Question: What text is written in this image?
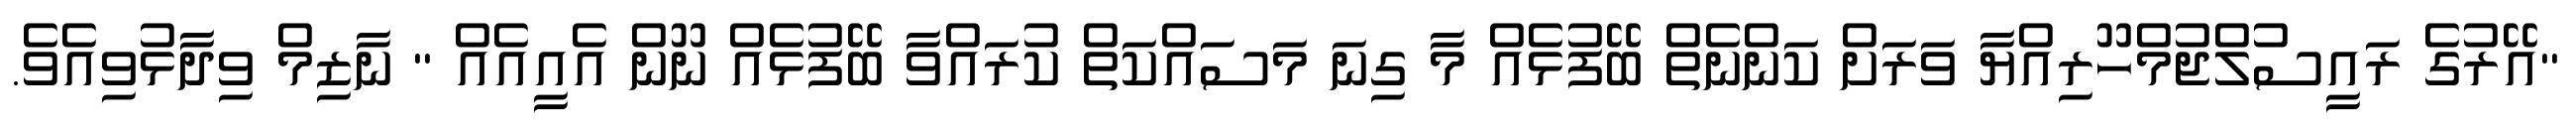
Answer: "އޭރުގެ ރައީސުލްޖުމްހޫރިއްޔާ ވަރަށް ކަންނެތް ބޭފުޅެއް މާ ގިނަ މަސައްކަތް ކުރައްވާ ބޭފުޅެއް ނޫން އެއީއެއް " ނާޒިމް ވިދާޅުވިއެވެ.